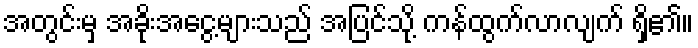
အတွင်းမှ အခိုးအငွေ့များသည် အပြင်သို့ ကန်ထွက်လာလျက် ရှိ၏။